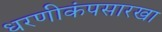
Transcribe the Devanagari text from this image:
धरणीकंपसारखा